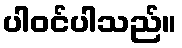
ပါဝင်ပါသည်။